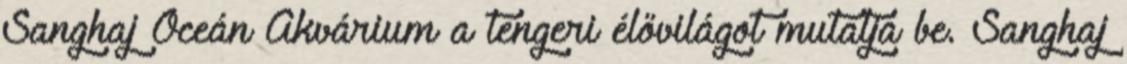
Sanghaj Óceán Akvárium a tengeri élővilágot mutatja be. Sanghaj